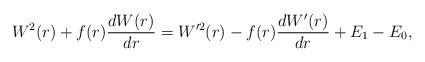
\begin{align*} W^2(r) + f(r) \frac{dW(r)}{dr} = W^{\prime2}(r) - f(r) \frac{dW'(r)}{dr} + E_1 - E_0, \end{align*}